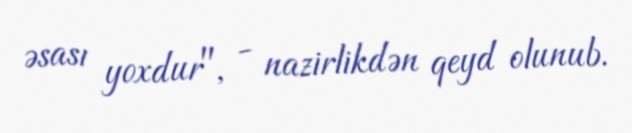
əsası yoxdur", - nazirlikdən qeyd olunub.